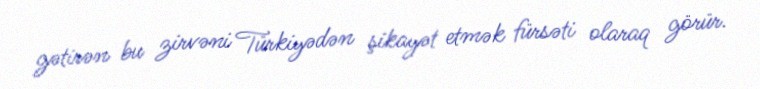
gətirən bu zirvəni Türkiyədən şikayət etmək fürsəti olaraq görür.